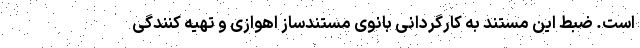
است. ضبط این مستند به کارگردانی بانوی مستندساز اهوازی و تهیه کنندگی